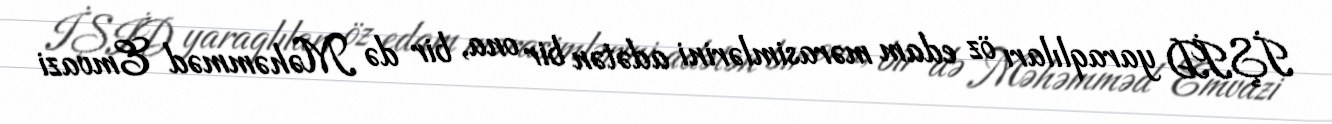
İŞİD yaraqlıları öz edam mərasimlərini adətən bir ona, bir də Məhəmməd Emvazi